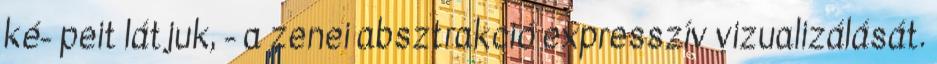
ké- peit látjuk, - a zenei absztrakció expresszív vizualizálását.